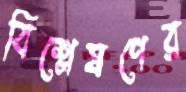
বিশ্লেষণের